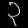
Digit: ၃